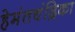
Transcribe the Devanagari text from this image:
हेमंतचंद्रिका